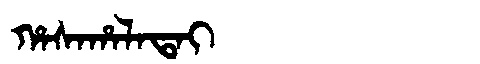
Manchu: ᡥᠠᠰᠠᡥᠠᠯᠠᡨᠠᡳ
Romanization: HASAHALATAI